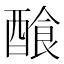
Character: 𨢁